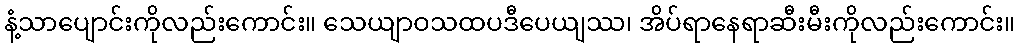
နံ့သာပျောင်းကိုလည်းကောင်း။ သေယျာဝသထပဒီပေယျဿ၊ အိပ်ရာနေရာဆီးမီးကိုလည်းကောင်း။